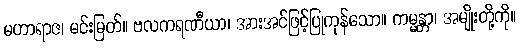
မဟာရာဇ၊ မင်းမြတ်။ ဗလကရဏီယာ၊ အားအင်ဖြင့်ပြုကုန်သော။ ကမ္မန္တာ၊ အမျိုးတို့ကို။